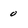
Character: 0